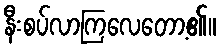
နီးစပ်လာကြလေတော့၏။